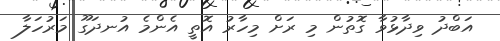
އަބްދު ވިދާޅުވާ ގޮޮތުން މި ރަށް މިހާރު އޮތީ އެންމެ އުނދަގޫ މަރުހަލާ